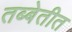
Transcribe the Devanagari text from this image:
तब्बेतीत